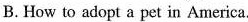
B. How to adopt a pet in America.